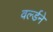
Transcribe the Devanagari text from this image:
वर्ल्डने